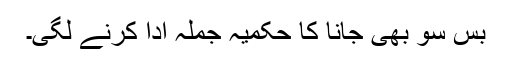
بس سو بھی جانا کا حکمیہ جملہ ادا کرنے لگی۔